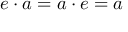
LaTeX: e \cdot a = a \cdot e = a